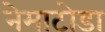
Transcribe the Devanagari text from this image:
नेमाटोडा